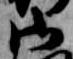
御